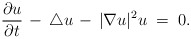
\begin{align*}\frac{\partial u}{\partial t} \, - \, \triangle u \, - \, | \nabla u|^2 u \; = \; 0.\end{align*}